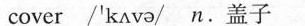
cover /'kAva/n,盖子